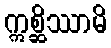
ဣစ္ဆိဿာမိ